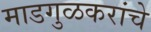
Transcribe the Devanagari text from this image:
माडगुळकरांचे